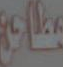
مطاعن